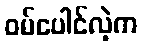
ဝမ်ပေါင်လဲ့က